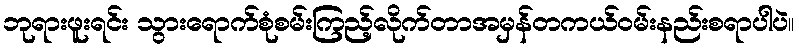
ဘုရားဖူးရင်း သွားရောက်စုံစမ်းကြည့်လိုက်တာအမှန်တကယ်ဝမ်းနည်းစရာပါပဲ။